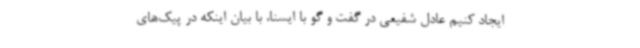
ایجاد کنیم عادل شفیعی در گفت و گو با ایسنا، با بیان اینکه در پیک‌های